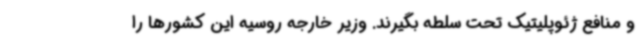
و منافع ژئوپلیتیک تحت سلطه بگیرند. وزیر خارجه روسیه این کشورها را